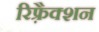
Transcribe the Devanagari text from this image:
रिफ़्रैक्शन